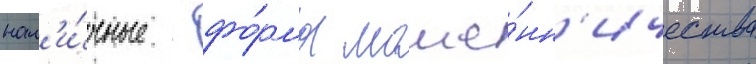
нал'и́чные - фо́рма моше́нн'ичества